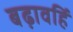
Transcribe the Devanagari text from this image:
बढ़ावहिं